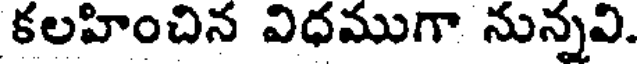
కలహించిన విధముగా నున్నవి.